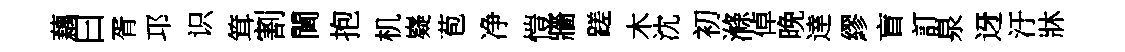
藕曰胥邛识䇯割閫抱机嶷苞净愷牆蹉木沈初滌倬晚逹繆盲訂泉迓汙牀